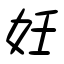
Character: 妊